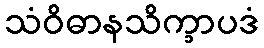
သံဝိဓာနသိက္ခာပဒံ